Vaccination in Bombay 1889-1901 - 1889-1901
Year: 1889
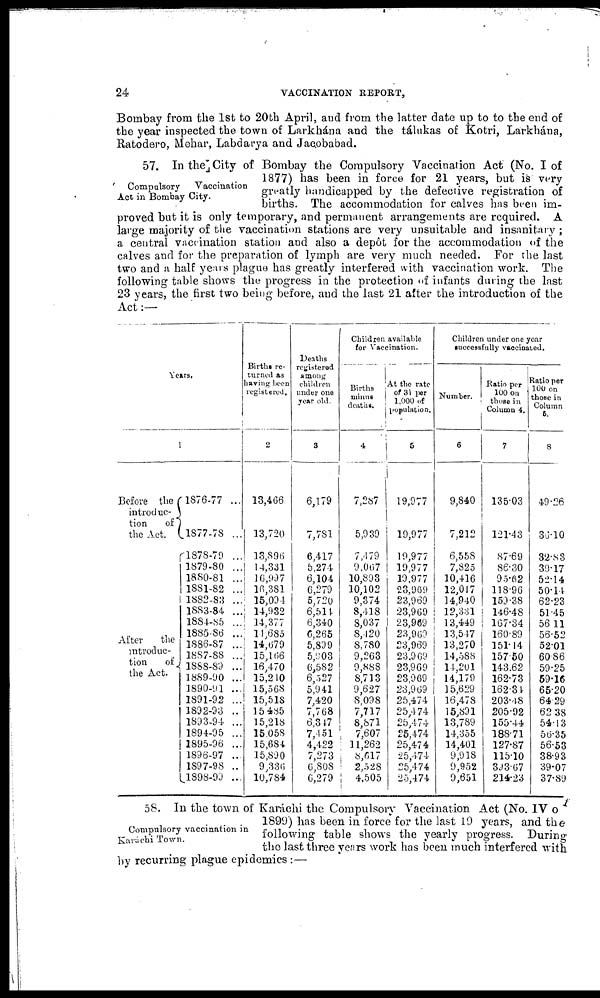
24
VACCINATION REPORT,
Bombay from the 1st to 20th April, and from the latter date up to to the end of
the year inspected the town of Larkhána and the tálukas of Kotri, Larkhána,
Ratodero, Mehar, Labdarya and Jacobabad.
Compulsory
Vaccination
Act in Bombay City.
57. In the City of Bombay the Compulsory Vaccination Act (No. I of
1877) has been in force for 21 years, but is very
greatly handicapped by the defective registration of
births. The accommodation for calves has been im-
proved but it is only temporary, and permanent arrangements are required. A
large majority of the vaccination stations are very unsuitable and insanitary ;
a central vaccination station and also a depôt for the accommodation of the
calves and for the preparation of lymph are very much needed. For the last
two and a half years plague has greatly interfered with vaccination work. The
following table shows the progress in the protection of infants during the last
23 years, the first two being before, and the last 21 after the introduction of the
Act:—
Years.
1
Before the
introduc-
tion
of
the Act.
After
the
introduc-
tion
of
the Act.
1876-77 ...
1877-78 ...
l878-79 ...
1879-80 ...
1880-81 ...
1881-82 ...
1882-83 ...
1883-84 ...
1884-85 ...
1885-86 ...
1886-87 ...
1887-88 ...
1888-89 ...
1889-90 ...
1890-91 ...
1891-92 ...
1892-93 ..
1893-94. ...
1894-95 ...
1895-96 ...
1896-97 ...
1897-98 ..
1898-99 ...
Births re-
turned as
having been
registered.
2
13,466
13,720
13,896
14,331
16,997
10,381
15,094
14,932
14,377
11,685
14,679
15,166
16,470
15,210
15,568
15,518
15,485
15,218
15,058
15,684
15,890
9,336
10,784
Deaths
registered
among
children
under one
year old.
3
6,179
7,781
6,417
5,274
6,104
6,279
5,720
6,514
6,340
6,265
5,899
5,903
6,582
6,527
5,941
7,420
7,768
6,347
7,451
4,422
7,273
6,808
6,279
Children available
for Vaccination.
Births
minus
deaths.
4
7,287
5,939
7,479
9,067
10,893
10,102
9,374
8,418
8,037
8,420
8,780
9,263
9,888
8,713
9,627
8,098
7,717
8,871
7,607
11,262
8,617
2,528
4,505
At the rate
of 31 per
1,000 of
population.
5
19,977
19,977
19,977
19,977
19,977
23,969
23,969
23,969
23,969
23,969
23,969
23,969
23,969
23,969
23,969
25,474
25,474
25,474
25,474
25,474
25,474
25,474
25,474
Children under one year
successfully vaccinated.
Number.
6
9,840
7,212
6,558
7,825
10,416
12,017
14,940
12,331
13,449
13,547
13,270
14,588
14,201
14,179
15,629
16,478
15,891
13,789
14,355
14,401
9,918
9,952
9,651
Ratio per
100 on
those in
Column 4.
7
135.03
121.43
87.69
86.30
95.62
118.96
159.38
146.48
167.34
160.89
151.14
157.50
143.62
162.73
162.34
203.48
205.92
155.44
188.71
127.87
115.10
393.67
214.23
Ratio per
100 on
those in
Column
5.
8
49.26
36.10
32.83
39.17
52.14
50.14.
62.23
51.45
56.11
56.52
52.01
60.86
59.25
59.16
65.20
64.29
62.38
54.13
56.35
56.53
38.93
39.07
37.89
Compulsory vaccination in
Karáchi Town.
58. In the town of Karáchi the Compulsory Vaccination Act (No. IV o
1899) has been in force for the last 19 years, and the
following table shows the yearly progress. During
the last three years work has been much interfered with
by recurring plague epidemics :—